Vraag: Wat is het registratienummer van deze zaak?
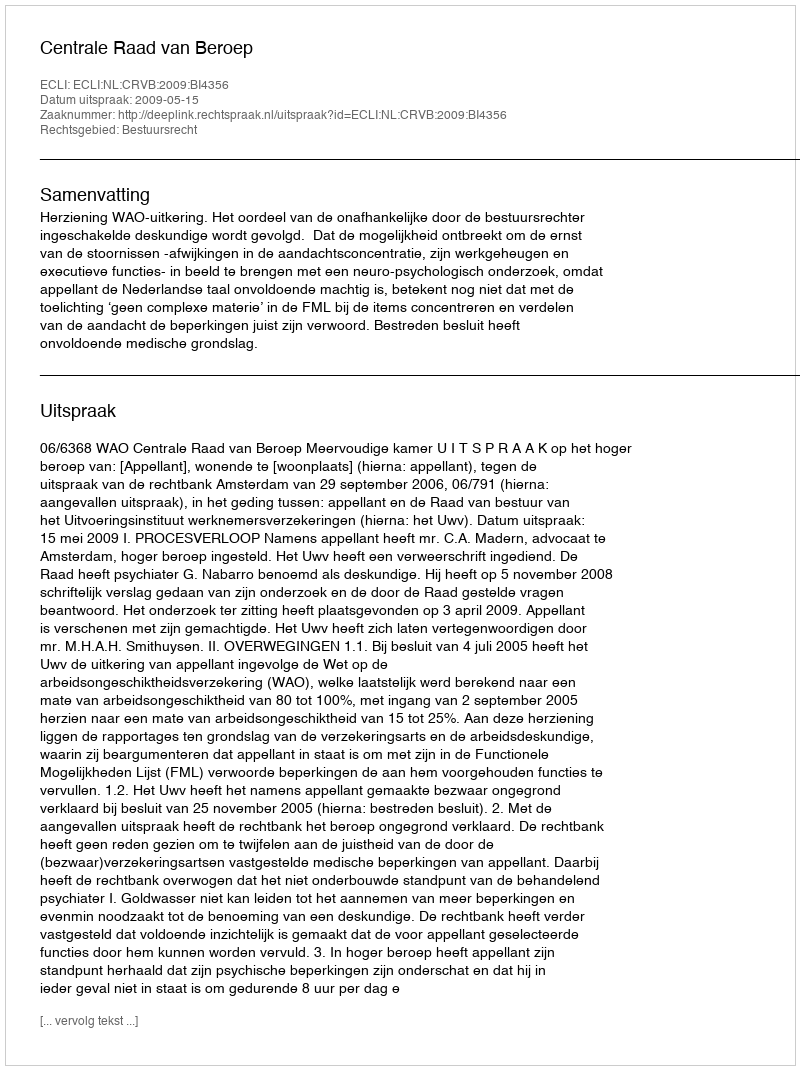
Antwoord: http://deeplink.rechtspraak.nl/uitspraak?id=ECLI:NL:CRVB:2009:BI4356